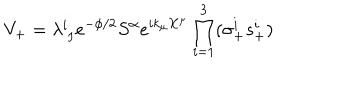
V _ { + } = \lambda _ { \ I } ^ { i } e ^ { - \phi / 2 } S ^ { \alpha } e ^ { i k _ { \mu } X ^ { \mu } } \prod _ { i = 1 } ^ { 3 } ( \sigma _ { + } ^ { i } s _ { + } ^ { i } )